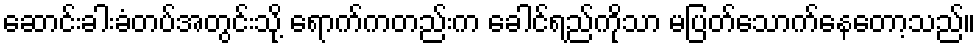
ဆောင်းခါးခံတပ်အတွင်းသို့ ရောက်ကတည်းက ခေါင်ရည်ကိုသာ မပြတ်သောက်နေတော့သည်။